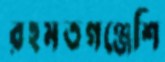
রহমতগঞ্জেশি